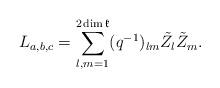
LaTeX: \begin{align*}L_{a,b,c}=\sum_{l,m=1}^{2\dim\mathfrak{k}}(q^{-1})_{lm}\tilde{Z}_{l}\tilde{Z}_{m}. \end{align*}